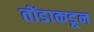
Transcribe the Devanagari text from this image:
तोंडाकडून